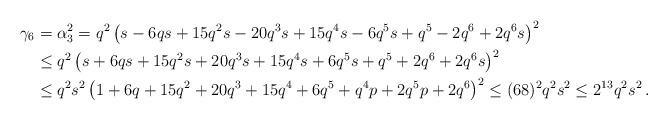
LaTeX: \begin{align*} \gamma_6 & = \alpha_3^2 = q^2 \left(s-6qs+15q^2s-20q^3s+15q^4s-6q^5s+q^5-2q^6+2q^6s\right)^2 \\ & \le q^2 \left(s+6qs+15q^2s+20q^3s+15q^4s+6q^5s+q^5+2q^6+2q^6s\right)^2 \\ & \le q^2s^2 \left(1+6q+15q^2+20q^3+15q^4+6q^5+q^4p+2q^5p+2q^6\right)^2 \le (68)^2 q^2s^2\le 2^{13 }q^2 s^2\, . \end{align*}